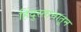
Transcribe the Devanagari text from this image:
हिंदुस्तानातून